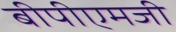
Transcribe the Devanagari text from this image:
बीपीएमजी